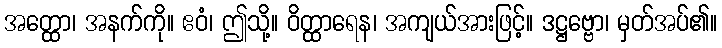
အတ္ထော၊ အနက်ကို။ ဧဝံ၊ ဤသို့။ ဝိတ္ထာရေန၊ အကျယ်အားဖြင့်။ ဒဋ္ဌဗ္ဗော၊ မှတ်အပ်၏။